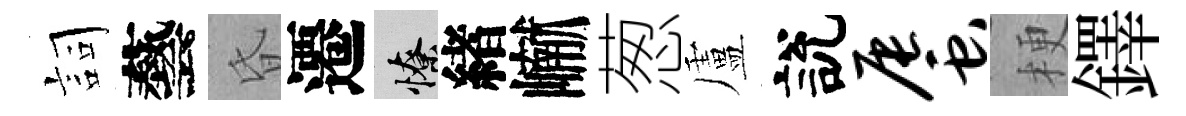
詞藝昏遷憭緖𪩘葱盧說蜃梗鐸